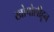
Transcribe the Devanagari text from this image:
खोपोलीहून